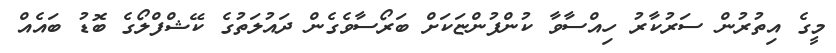
މީގެ އިތުރުން ސަރުކާރު ހިއްސާވާ ކުންފުންޏަކަށް ބަރޯސާވެގެން ދައުލަތުގެ ކޭޝްފްލޯގެ ބޮޑު ބައެއް